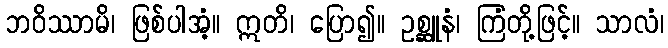
ဘဝိဿာမိ၊ ဖြစ်ပါအံ့။ ဣတိ၊ ပြော၍။ ဥစ္ဆူနံ၊ ကြံတို့ဖြင့်။ သာလံ၊